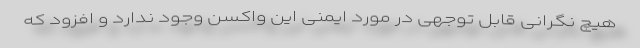
هیچ نگرانی قابل توجهی در مورد ایمنی این واکسن وجود ندارد و افزود که